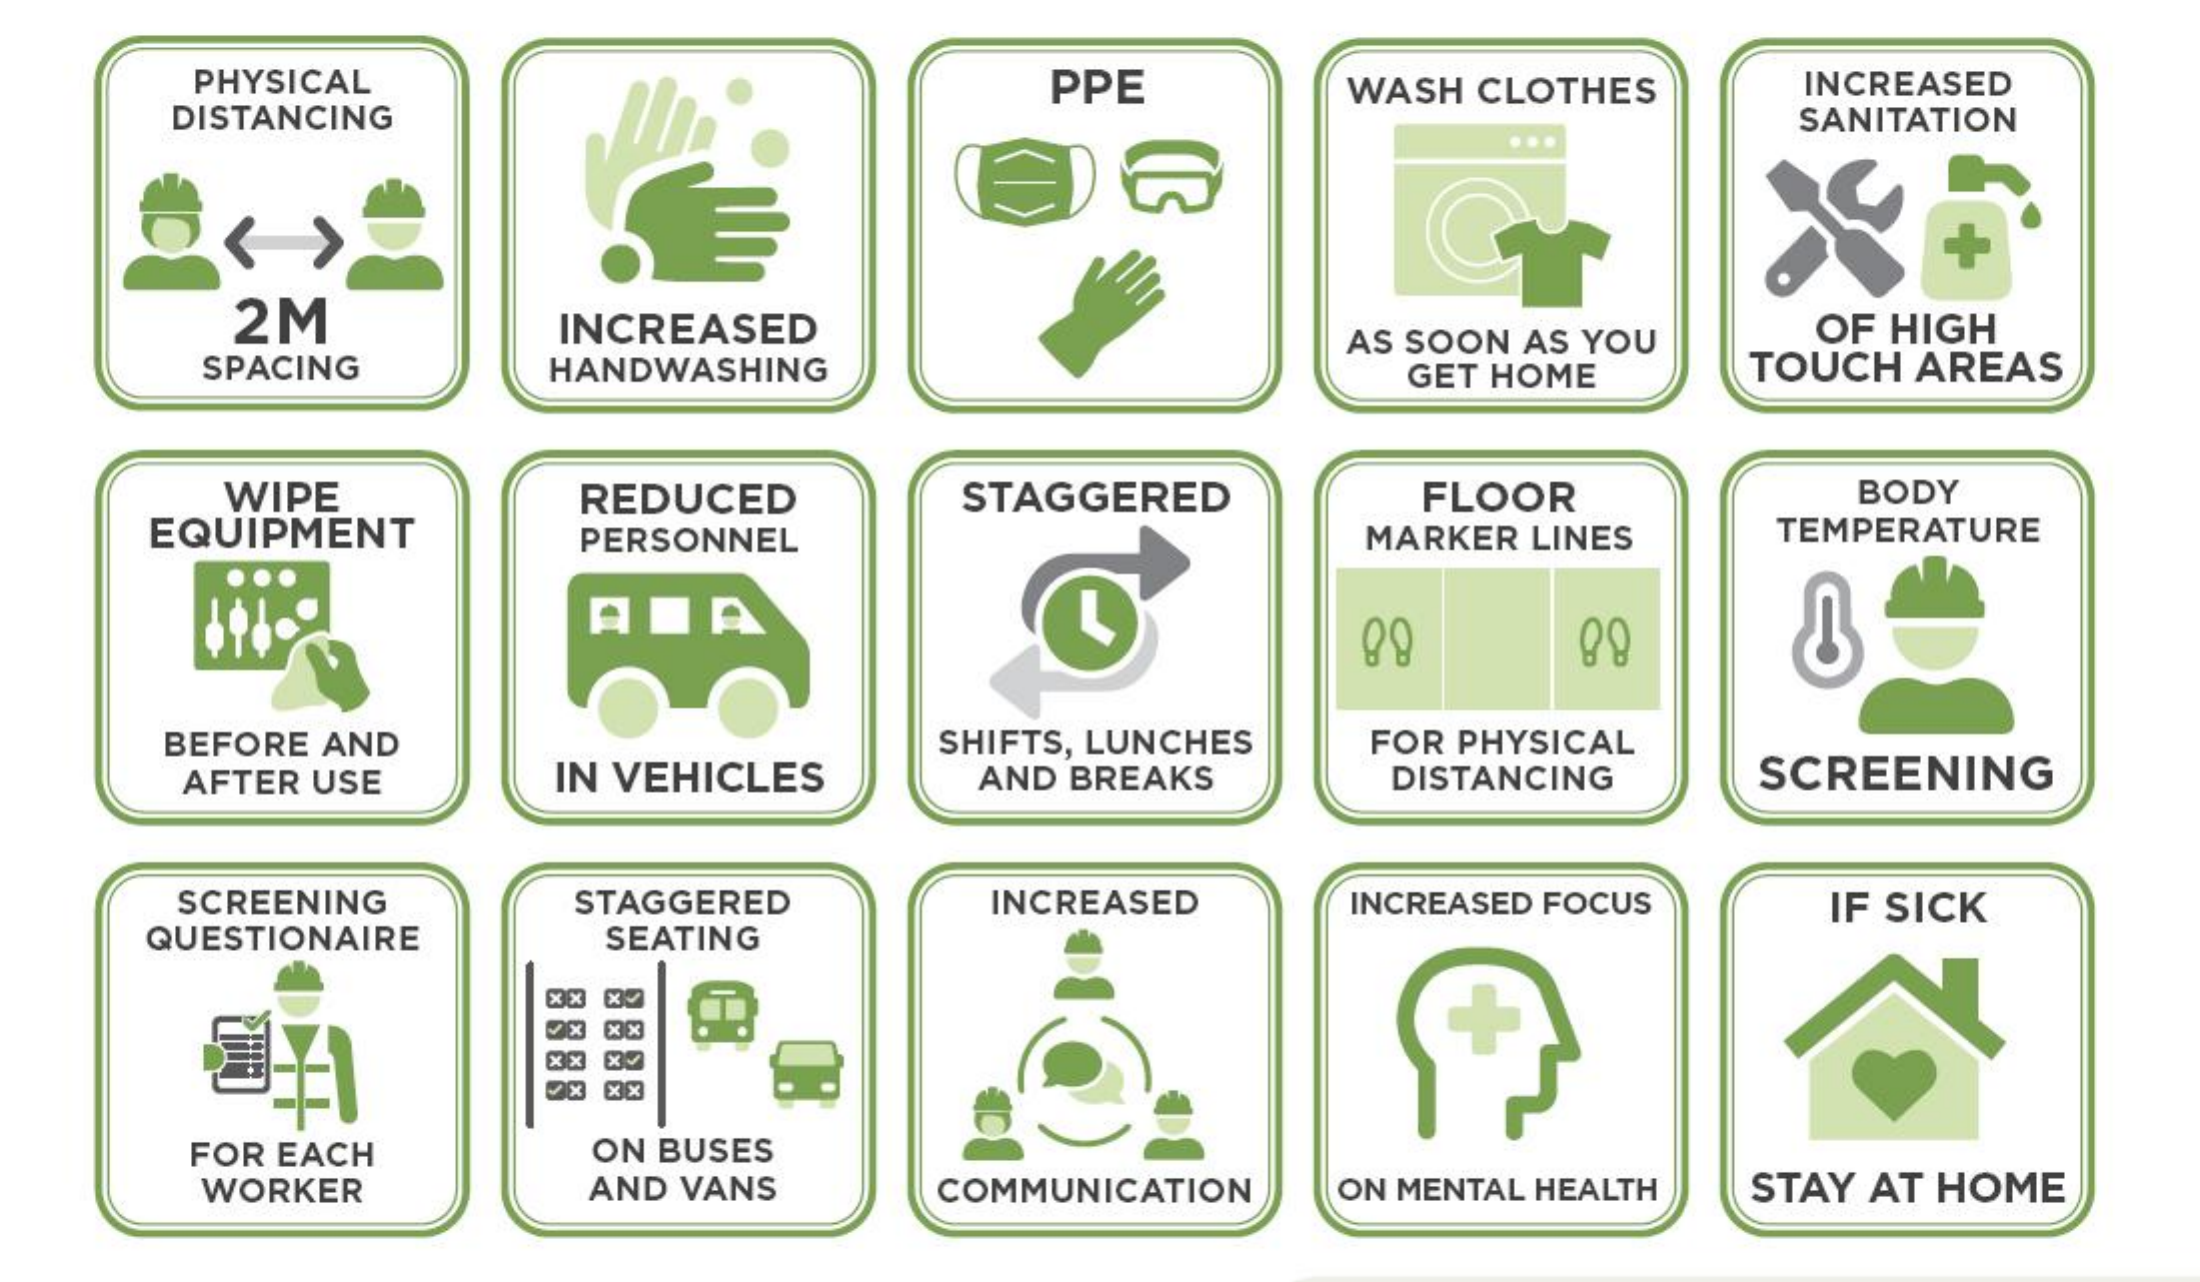
PHYSICAL    PPE    WASH CLOTHES INCREASED
     DISTANCING    SANITATION
     2M    INCREASED    OF HIGH
     SPACING  HANDWASHING
     AS SOON AS YOU
     GET HOME TOUCH AREAS
     WIPE    FLOOR    BODY
    EQUIPMENT
     REDUCED   STAGGERED
     PERSONNEL    MARKER LINES TEMPERATURE
     BEFORE AND
     IN VEHICLES
     SHIFTS, LUNCHES FOR PHYSICAL
     AFTER USE    AND BREAKS DISTANCING SCREENING
     SCREENING  STAGGERED  INCREASED INCREASED FOCUS
    QUESTIONAIRE SEATING
     IF SICK
     8888
     E3E3
     FOR EACH  ON BUSES
     WORKER    AND VANS  COMMUNICATION ON MENTAL HEALTH STAY AT HOME